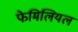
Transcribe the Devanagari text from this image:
फेमिलियल